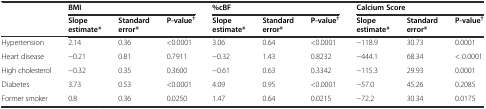
|  | <COLSPAN=3> BMI | <COLSPAN=3> %cBF | <COLSPAN=3> Calcium Score |
 |  | Slope estimate* | Standard error* | P-value† | Slope estimate* | Standard error* | P-value† | Slope estimate* | Standard error* | P-value† |
 | --- | --- | --- | --- | --- | --- | --- | --- | --- | --- |
 | Hypertension | 2.14 | 0.36 | <0.0001 | 3.06 | 0.64 | <0.0001 | −118.9 | 30.73 | 0.0001 |
 | Heart disease | −0.21 | 0.81 | 0.7911 | −0.32 | 1.43 | 0.8232 | −444.1 | 68.34 | < 0.0001 |
 | High cholesterol | −0.32 | 0.35 | 0.3600 | −0.61 | 0.63 | 0.3342 | −115.3 | 29.93 | 0.0001 |
 | Diabetes | 3.73 | 0.53 | <0.0001 | 4.09 | 0.95 | <0.0001 | −57.0 | 45.26 | 0.2085 |
 | Former smoker | 0.8 | 0.36 | 0.0250 | 1.47 | 0.64 | 0.0215 | −72.2 | 30.34 | 0.0175 |